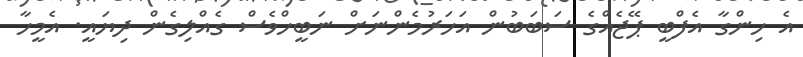
އެ ހިންގާ އެފްބީ ޕޭޖެއްގެ ސަބަބުން އަހަރުމެންނަށް ނަބީހްވެސް ގެއްލިގެން ދިޔައީ. އެމީހާ